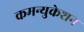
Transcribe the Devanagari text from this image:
कमन्युकेशन